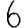
Digit: 6